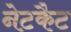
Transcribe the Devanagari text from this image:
नेटकैट